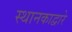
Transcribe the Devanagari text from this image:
स्थानकाद्वारे